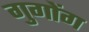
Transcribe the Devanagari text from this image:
गुगोंग